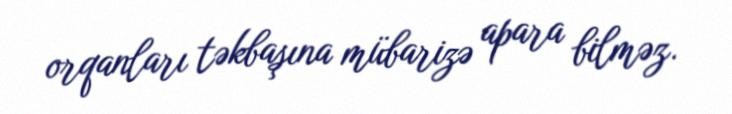
orqanları təkbaşına mübarizə apara bilməz.